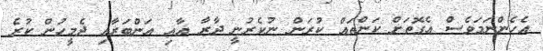
އެހެންނަމަވެސް އެގޮތަށް ކަންތައް ކުރަން ނުކެރުނީ ދާރާ އާއި އަންބަރާއި ދެމީހުން ކުރެ